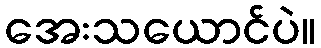
အေးသယောင်ပဲ။